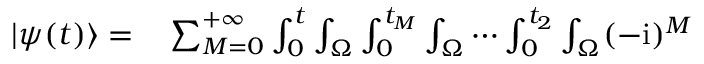
\begin{array} { r l } { | \psi ( t ) \rangle = } & { { } \sum _ { M = 0 } ^ { + \infty } \int _ { 0 } ^ { t } \int _ { \Omega } \int _ { 0 } ^ { t _ { M } } \int _ { \Omega } \cdots \int _ { 0 } ^ { t _ { 2 } } \int _ { \Omega } ( - \mathrm { i } ) ^ { M } } \end{array}